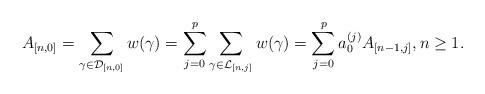
LaTeX: \begin{align*}A_{[n,0]}=\sum_{\gamma\in\mathcal{D}_{[n,0]}} w(\gamma)=\sum_{j=0}^{p}\sum_{\gamma\in\mathcal{L}_{[n,j]}}w(\gamma)=\sum_{j=0}^{p} a_{0}^{(j)}A_{[n-1,j]},n\geq 1.\end{align*}